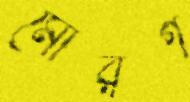
মোরগ